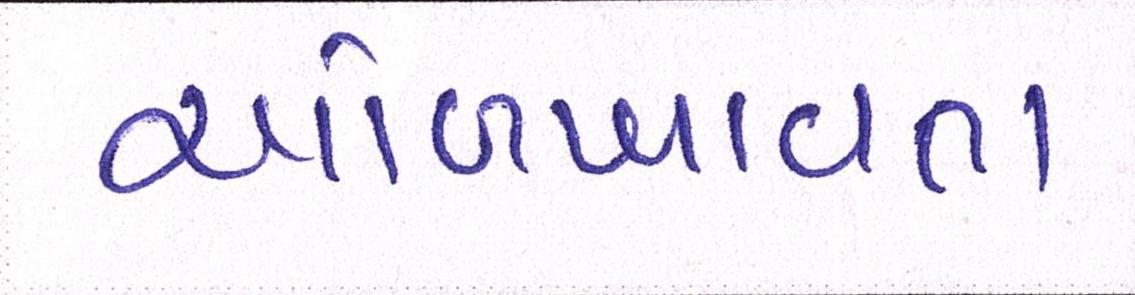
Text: ઓળખાવતા